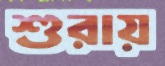
শুরায়